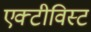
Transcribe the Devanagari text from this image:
एक्टीविस्ट